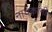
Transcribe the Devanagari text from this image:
नायकांनी